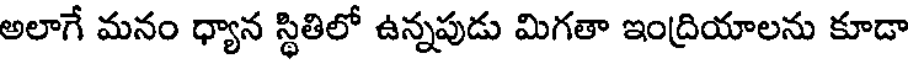
అలాగే మనం ధ్యాన స్థితిలో ఉన్నపుడు మిగతా ఇంద్రియాలను కూడా